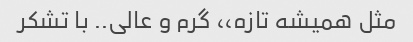
مثل همیشه تازه،، گرم و عالى.. با تشکر